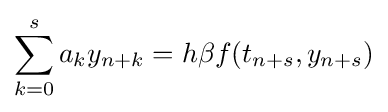
\sum _{k=0}^{s}a_{k}y_{n+k}=h\beta f(t_{n+s},y_{n+s})